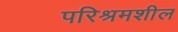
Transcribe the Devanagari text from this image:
परिश्रमशील